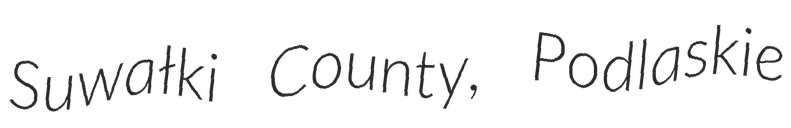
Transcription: Suwałki County, Podlaskie